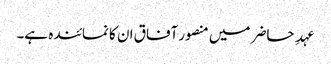
عہدِ حاضر میں منصور آفاق ان کا نمائندہ ہے۔